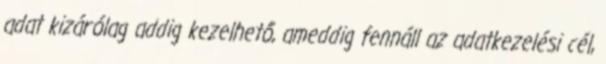
adat kizárólag addig kezelhető, ameddig fennáll az adatkezelési cél,